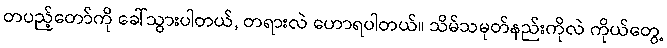
တပည့်တော်ကို ခေါ်သွားပါတယ်, တရားလဲ ဟောရပါတယ်။ သိမ်သမုတ်နည်းကိုလဲ ကိုယ်တွေ့